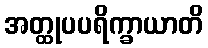
အတ္ထုပပရိက္ခာယာတိ